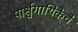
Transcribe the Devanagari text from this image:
पार्श्वगायिकेचे